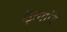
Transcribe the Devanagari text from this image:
।इत्यादि